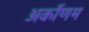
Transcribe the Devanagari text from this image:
अर्कोणम